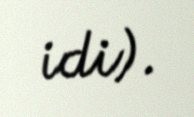
idi).